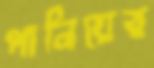
পানিয়ের